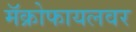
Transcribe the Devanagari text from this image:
मॅक्रोफायलवर